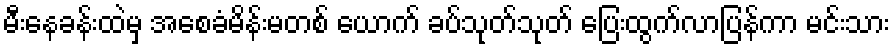
မီးနေခန်းထဲမှ အစေခံမိန်းမတစ် ယောက် ခပ်သုတ်သုတ် ပြေးထွက်လာပြန်ကာ မင်းသား